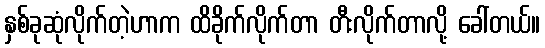
နှစ်ခုဆုံလိုက်တဲ့ဟာက ထိခိုက်လိုက်တာ တီးလိုက်တာလို့ ခေါ်တယ်။